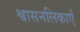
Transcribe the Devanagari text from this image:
श्वासनलिकाएँ